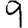
Digit: 9